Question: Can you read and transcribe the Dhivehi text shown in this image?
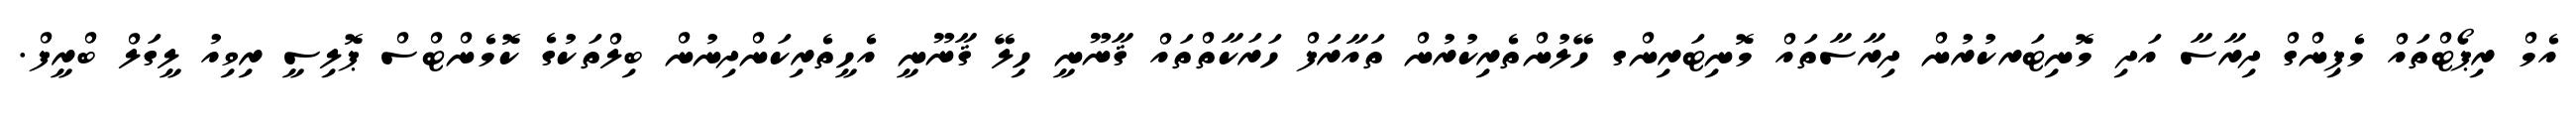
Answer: އެމް ރިޕޯޓްތައް މެޕިންގް ދިރާސާ އަދި މޮނިޓަރކުރުން ދިރާސާތައް މޮނިޓަރިންގ ހޭލުންތެރިކުރުން ތައާރަފް ހަރަކާތްތައް ޤާނޫނީ ހިލޭ ޤާނޫނީ އެހީތެރިކަންދިނުން ބިލްތަކުގެ ކޮމެންޓްސް ޕޮލިސީ ރިވިއު ލީގަލް ބްރީފް.